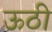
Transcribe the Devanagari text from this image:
ऊठी